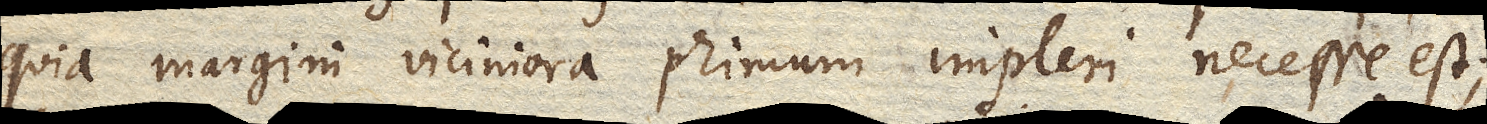
quia margini viciniora primum impleri necesse est;